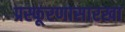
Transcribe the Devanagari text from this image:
प्रस्फूरणासारखा